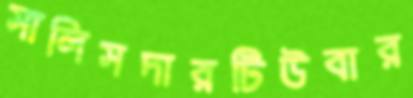
সালিসদারটিউবার